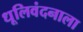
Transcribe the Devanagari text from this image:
धूलिवंदनाला